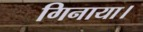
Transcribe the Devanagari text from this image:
गिनाया।